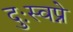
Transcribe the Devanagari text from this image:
दुःस्वप्ने